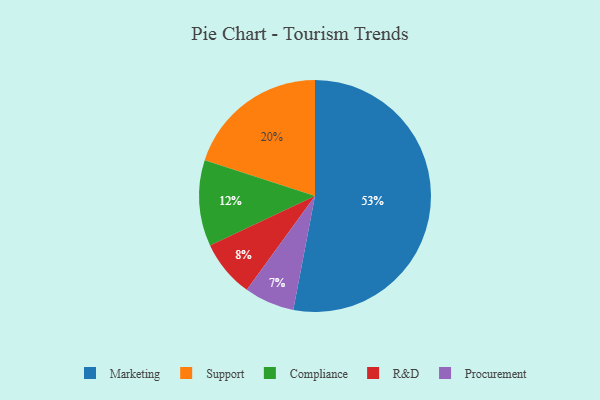
{"axis": {"x": "Category", "y": "Percentage"}, "legend": ["Compliance", "Marketing", "Procurement", "R&D", "Support"], "data": [{"x": "Marketing", "y": 53, "type": "Marketing"}, {"x": "Support", "y": 20, "type": "Support"}, {"x": "Procurement", "y": 7, "type": "Procurement"}, {"x": "Compliance", "y": 12, "type": "Compliance"}, {"x": "R&D", "y": 8, "type": "R&D"}]}